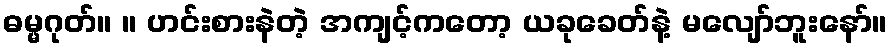
ဓမ္မဂုတ်။ ။ ဟင်းစားနဲတဲ့ အကျင့်ကတော့ ယခုခေတ်နဲ့ မလျော်ဘူးနော်။